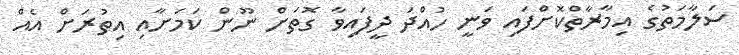
ސަލާމަތުގެ އިމާރާތްކޮށްފައި ވަނީ ހުއްދަ ދީފައިވާ ގޮތަށް ނޫން ކަމަށާއި އިތުރަށް އެއް